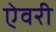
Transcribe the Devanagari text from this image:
ऐवरी